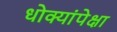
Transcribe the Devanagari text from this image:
धोक्यांपेक्षा